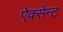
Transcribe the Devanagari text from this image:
ऐक्सेन्ट